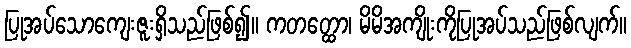
ပြုအပ်သောကျေးဇူးရှိသည်ဖြစ်၍။ ကတတ္ထော၊ မိမိအကျိုးကိုပြုအပ်သည်ဖြစ်လျက်။